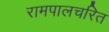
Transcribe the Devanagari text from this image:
रामपालचरित